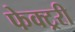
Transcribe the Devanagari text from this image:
फेक्ट्ररी